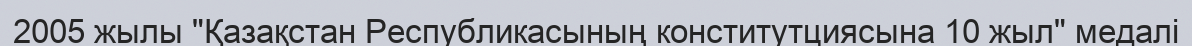
2005 жылы "Қазақстан Республикасының конститутциясына 10 жыл" медалі